65_HS1-834228961_62-HQ-83894_Section_5
Agency: FBI
Page 150
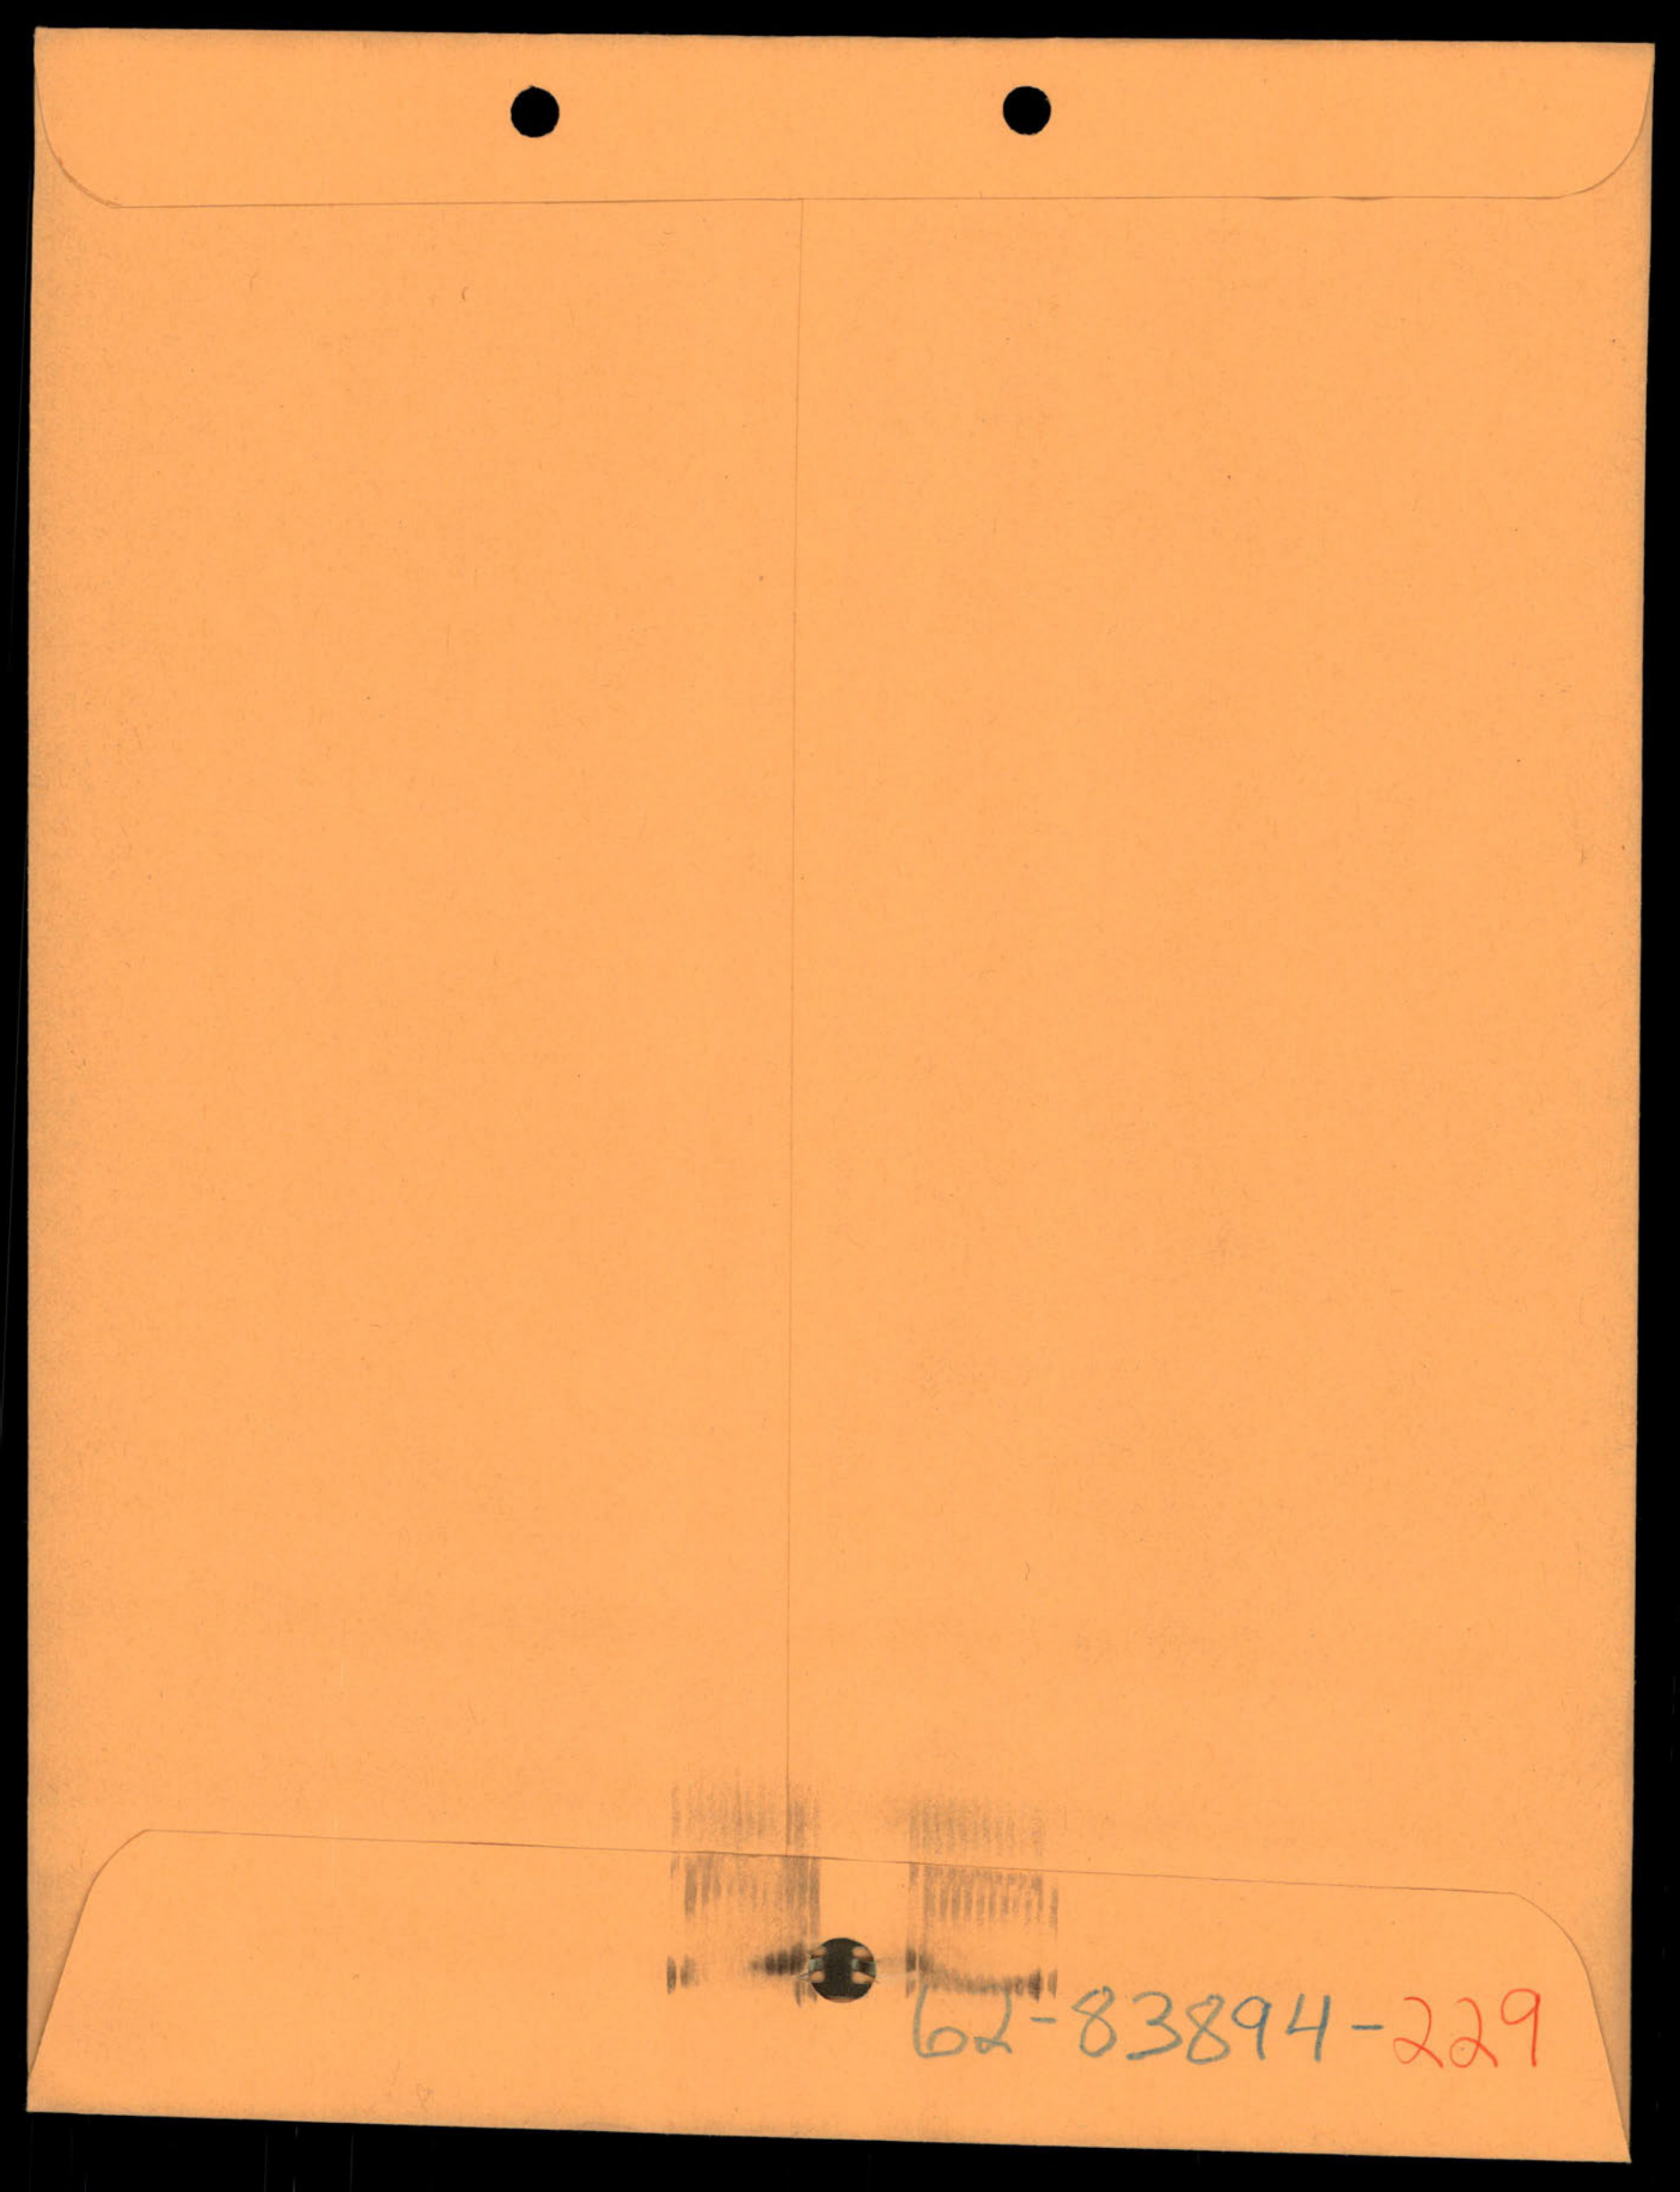